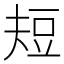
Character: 𰶘